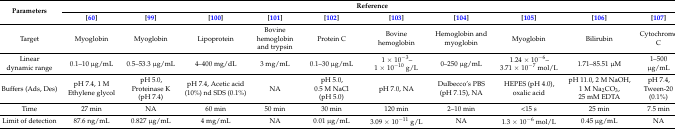
<table><thead><tr><td rowspan="2"><b>Parameters</b></td><td colspan="10"><b>Reference</b></td></tr><tr><td><b>[60]</b></td><td><b>[99]</b></td><td><b>[100]</b></td><td><b>[101]</b></td><td><b>[102]</b></td><td><b>[103]</b></td><td><b>[104]</b></td><td><b>[105]</b></td><td><b>[106]</b></td><td><b>[107]</b></td></tr></thead><tbody><tr><td>Target</td><td>Myoglobin</td><td>Myoglobin</td><td>Lipoprotein</td><td>Bovine hemoglobin and trypsin</td><td>Protein C</td><td>Bovine hemoglobin</td><td>Hemoglobin and myoglobin</td><td>Myoglobin</td><td>Bilirubin</td><td>Cytochrome C</td></tr><tr><td>Linear dynamic range</td><td>0.1–10 μg/mL</td><td>0.5–53.3 μg/mL</td><td>4–400 mg/dL</td><td>3 mg/mL</td><td>0.1–30 μg/mL</td><td>1 × 10<sup>−3</sup>–1 × 10<sup>−10</sup> g/L</td><td>0–250 μg/mL</td><td>1.24 × 10<sup>−6</sup>–3.71 × 10<sup>−7</sup> mol/L</td><td>1.71–85.51 μM</td><td>1–500 μg/mL</td></tr><tr><td>Buffers (Ads, Des)</td><td>pH 7.4, 1 M Ethylene glycol</td><td>pH 5.0, Proteinase K (pH 7.4)</td><td>pH 7.4, Acetic acid (10%) nd SDS (0.1%)</td><td>NA</td><td>pH 5.0, 0.5 M NaCl (pH 5.0)</td><td>pH 7.0, NA</td><td>Dulbecco’s PBS (pH 7.15), NA</td><td>HEPES (pH 4.0), oxalic acid</td><td>pH 11.0, 2 M NaOH, 1 M Na<sub>2</sub>CO<sub>3</sub>, 25 mM EDTA</td><td>pH 7.4, Tween-20 (0.1%)</td></tr><tr><td>Time </td><td>27 min</td><td>NA</td><td>60 min</td><td>50 min</td><td>30 min</td><td>120 min</td><td>2–10 min</td><td>&lt;15 s</td><td>25 min</td><td>7.5 min</td></tr><tr><td>Limit of detection</td><td>87.6 ng/mL</td><td>0.827 μg/mL</td><td>4 mg/mL</td><td>NA</td><td>0.01 μg/mL</td><td>3.09 × 10<sup>−11</sup> g/L</td><td>NA</td><td>1.3 × 10<sup>−6</sup> mol/L</td><td>0.45 μg/mL</td><td>NA</td></tr></tbody></table>